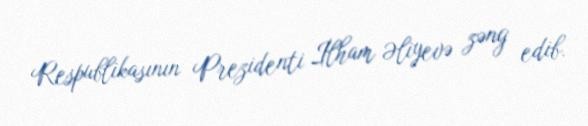
Respublikasının Prezidenti İlham Əliyevə zəng edib.